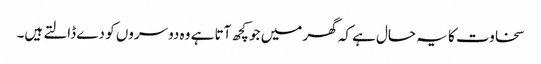
سخاوت کا یہ حال ہے کہ گھر میں جو کچھ آتا ہے وہ دوسروں کو دے ڈالتے ہیں۔